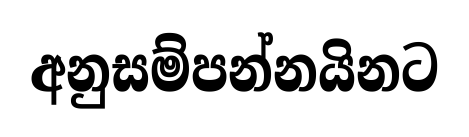
අනුසම්පන්නයිනට